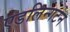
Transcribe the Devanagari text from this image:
एडलिन्गटन